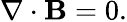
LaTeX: \nabla\cdot\mathbf{B}=0.